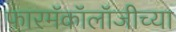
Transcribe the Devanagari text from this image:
फारमॅकॉलॉजीच्या